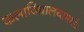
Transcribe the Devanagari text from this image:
कलाविद्यालयामध्ये